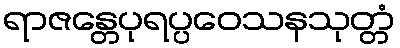
ရာဇန္တေပုရပ္ပဝေသနသုတ္တံ